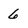
Character: 6